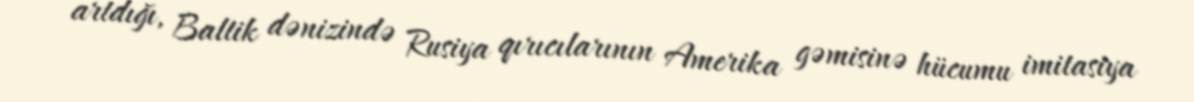
artdığı, Baltik dənizində Rusiya qırıcılarının Amerika gəmisinə hücumu imitasiya